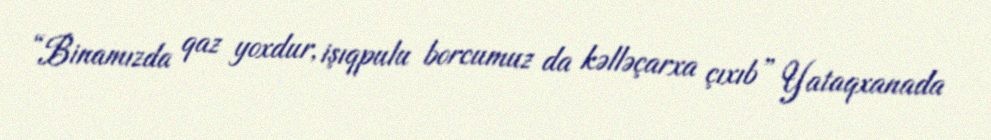
“Binamızda qaz yoxdur, işıqpulu borcumuz da kəlləçarxa çıxıb” Yataqxanada